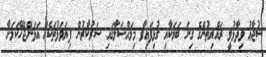
ޝުޖާޢު ވިދާޅުވީ ރައްޔިތުންގެ ގިނަ ބަޔަކާއި ގުޅިފައިވާ މިމައްސަލާގައި ސަރުކާރުން ފިޔަވަޅުތަކެއް އަޅަންޖެހޭކަމަށާ